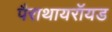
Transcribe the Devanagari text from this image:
पैराथायरॉयड